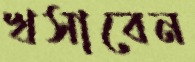
খসাবেন